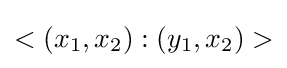
<(x_{1},x_{2}):(y_{1},x_{2})>